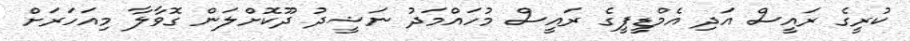
ކުރީގެ ރައީސް އަދި އެމްޑީޕީގެ ރައީސް މުހައްމަދު ނަޝީދު ދޫކޮށްލަން ގޮވާލާ މިއަހަރަށް